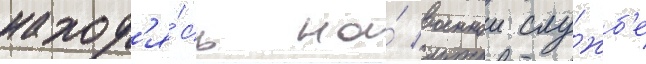
наход'я́сь на́ военнои слу́жб'е